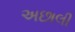
અછાલી